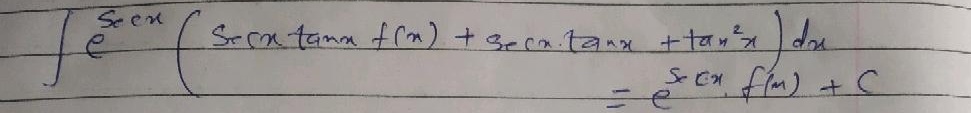
\[
\int e^{\sec x}\left(\sec x\tan x f(x)+\sec x\tan x+\tan^{2}x\right)dx = e^{\sec x}f(x)+C
\]